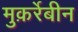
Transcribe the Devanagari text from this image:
मुक़र्रेबीन